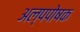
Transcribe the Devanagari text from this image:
अल्पपोषक